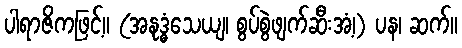
ပါရာဇိကဖြင့်။ (အနုဒ္ဓံသေယျ၊ စွပ်စွဲဖျက်ဆီးအံ့၊) ပန၊ ဆက်။